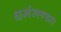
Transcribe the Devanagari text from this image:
धर्ममण्डल